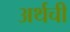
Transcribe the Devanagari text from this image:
अर्थची